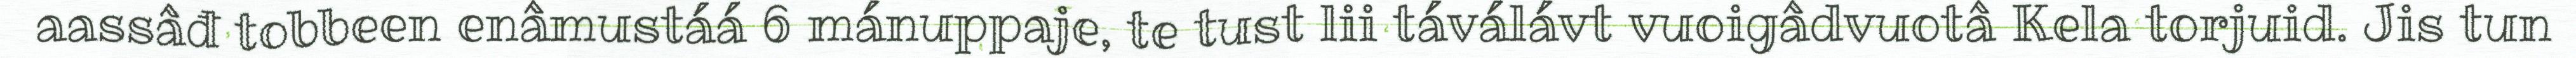
aassâđ tobbeen enâmustáá 6 mánuppaje, te tust lii táválávt vuoigâdvuotâ Kela torjuid. Jis tun